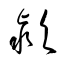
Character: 潁